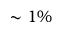
\sim 1 \%